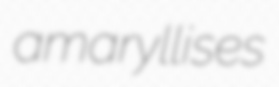
amaryllises